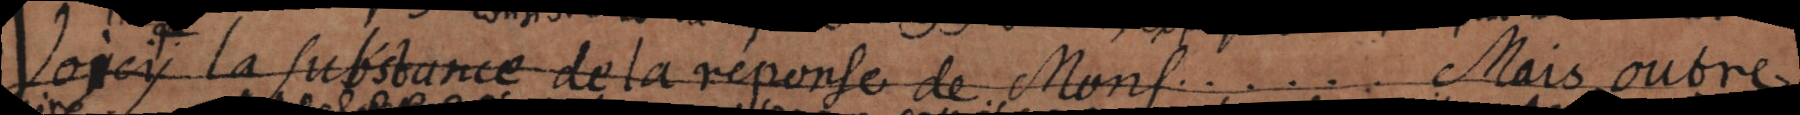
Voicy la substance de la reponse de Mons. . . . . . Mais outre